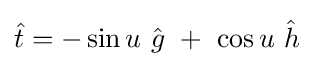
{\hat {t}}=-\sin u\ {\hat {g}}\ +\ \cos u\ {\hat {h}}